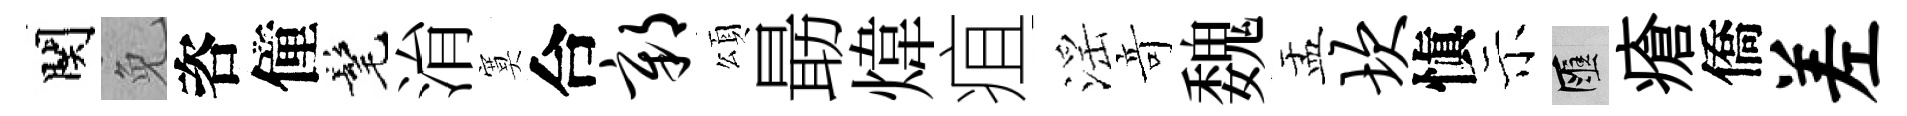
関免咨僮髦㳙寞合鄣頌朂煒疽滛竒魏盂坎愼示匯瘡僑差